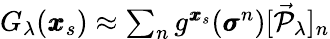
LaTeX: \begin{array}{r}{G_{\lambda}(\pmb{x}_{s})\approx\sum_{n}g^{\pmb{x}_{s}}(\pmb{\sigma}^{n})[\vec{\mathcal{P}}_{\lambda}]_{n}}\end{array}